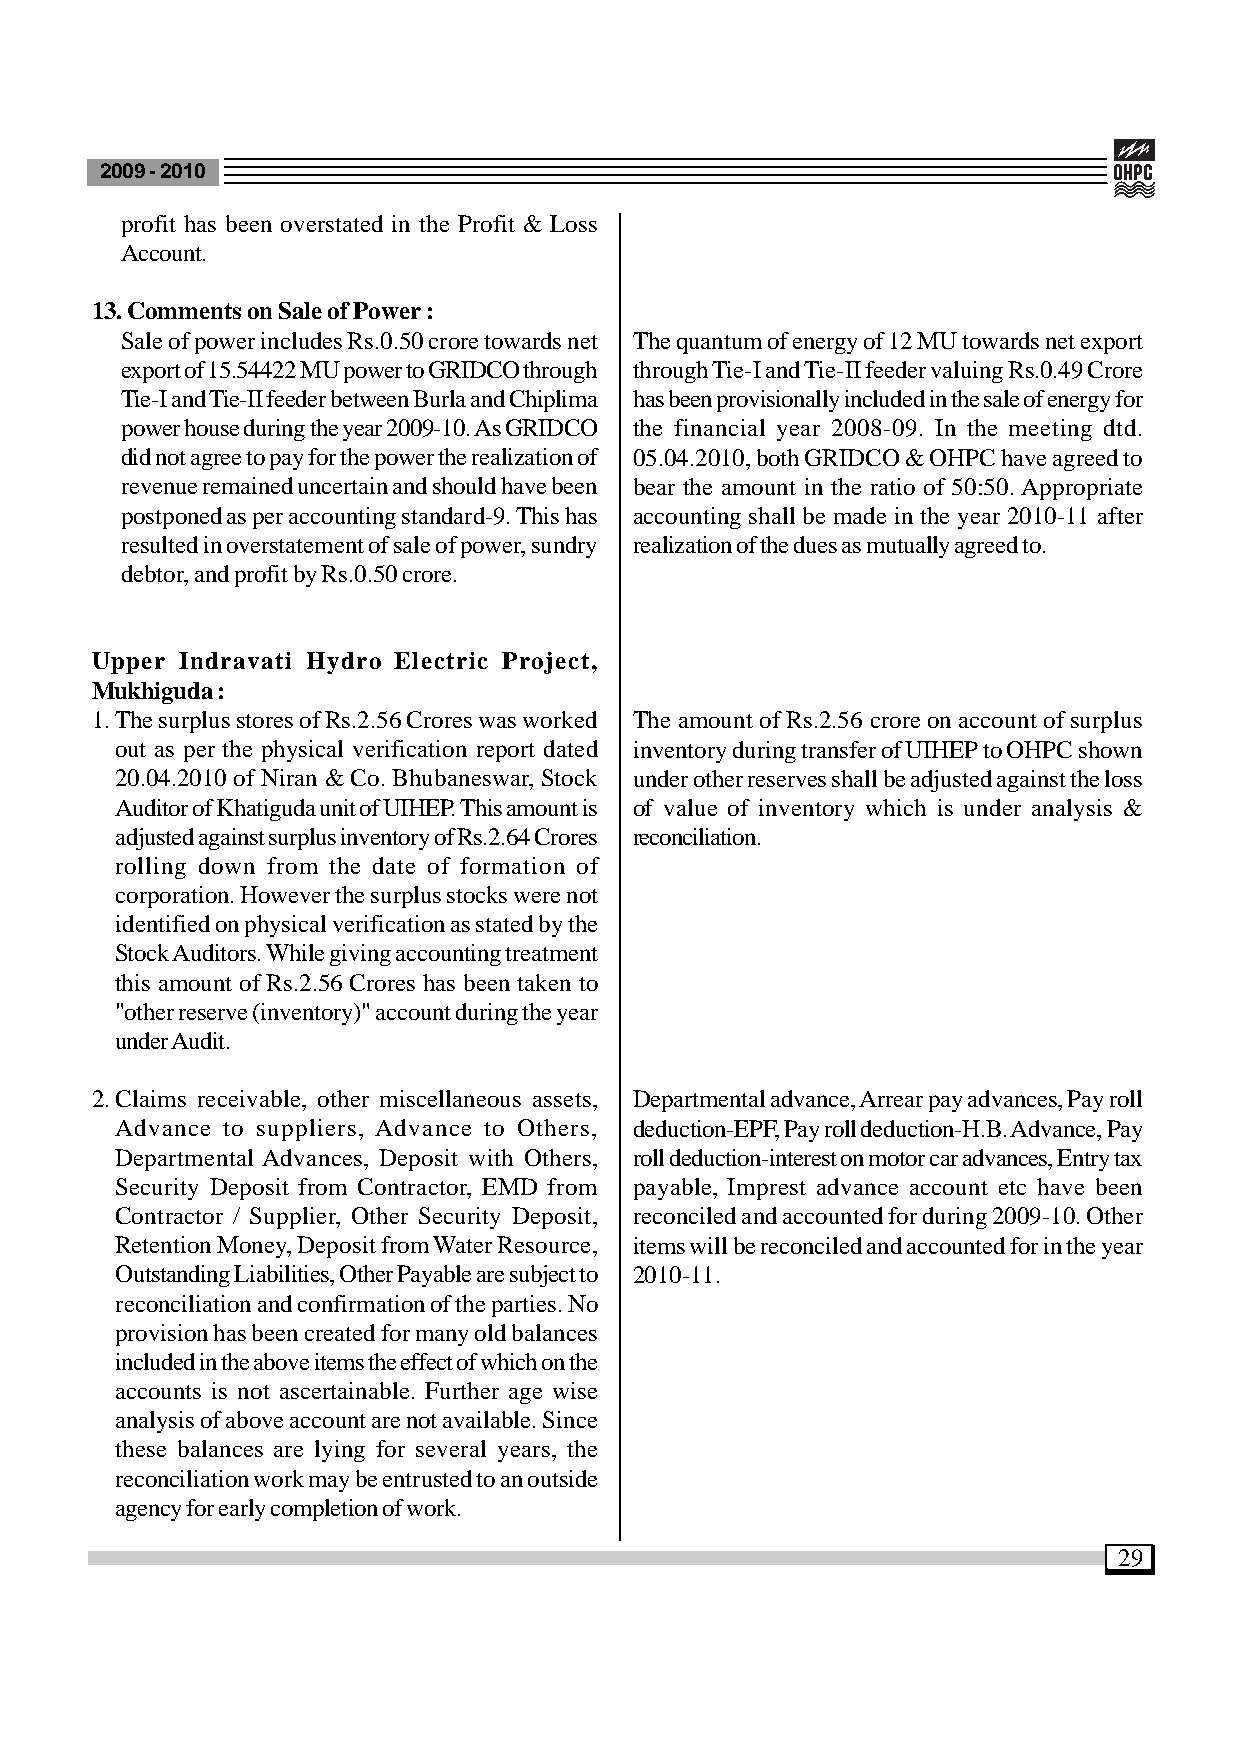
2009 - 2010
 profit has been overstated in the Profit & Loss
 Account.
 13. Comments on Sale of Power :
 Sale of power includes Rs.0.50 crore towards net The quantum of energy of 12 MU towards net export
 export of 15.54422 MU power to GRIDCO through through Tie-I and Tie-II feeder valuing Rs.0.49 Crore
 Tie-I and Tie-II feeder between Burla and Chiplima has been provisionally included in the sale of energy for
 power house during the year 2009-10. As GRIDCO the financial year 2008-09. In the meeting dtd.
 did not agree to pay for the power the realization of 05.04.2010, both GRIDCO & OHPC have agreed to
 revenue remained uncertain and should have been bear the amount in the ratio of 50:50. Appropriate
 postponed as per accounting standard-9. This has accounting shall be made in the year 2010-11 after
 resulted in overstatement of sale of power, sundry realization of the dues as mutually agreed to.
 debtor, and profit by Rs.0.50 crore.
 Upper Indravati Hydro Electric Project,
 Mukhiguda :
 1.The surplus stores of Rs.2.56 Crores was worked The amount of Rs.2.56 crore on account of surplus
 out as per the physical verification report dated inventory during transfer of UIHEP to OHPC shown
 20.04.2010 of Niran & Co. Bhubaneswar, Stock under other reserves shall be adjusted against the loss
 Auditor of Khatiguda unit of UIHEP. This amount is of value of inventory which is under analysis &
 adjusted against surplus inventory of Rs.2.64 Crores reconciliation.
 rolling down from the date of formation of
 corporation. However the surplus stocks were not
 identified on physical verification as stated by the
 Stock Auditors. While giving accounting treatment
 this amount of Rs.2.56 Crores has been taken to
 "other reserve (inventory)" account during the year
 under Audit.
 2.Claims receivable, other miscellaneous assets, Departmental advance, Arrear pay advances, Pay roll
 Advance to suppliers, Advance to Others, deduction-EPF, Pay roll deduction-H.B. Advance, Pay
 Departmental Advances, Deposit with Others, roll deduction-interest on motor car advances, Entry tax
 Security Deposit from Contractor, EMD from payable, Imprest advance account etc have been
 Contractor / Supplier, Other Security Deposit, reconciled and accounted for during 2009-10. Other
 Retention Money, Deposit from Water Resource, items will be reconciled and accounted for in the year
 Outstanding Liabilities, Other Payable are subject to 2010-11.
 reconciliation and confirmation of the parties. No
 provision has been created for many old balances
 included in the above items the effect of which on the
 accounts is not ascertainable. Further age wise
 analysis of above account are not available. Since
 these balances are lying for several years, the
 reconciliation work may be entrusted to an outside
 agency for early completion of work.
 29